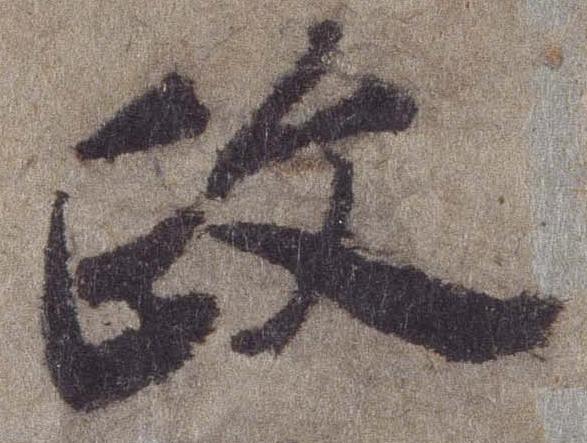
政